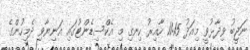
ނަޖީބު ވިދާޅުވީ މިއަދު 11:15 ހާއިރު ހިނގި މި އެކްސިޑެންޓުގައި އަނިޔާވި ދެމީހުންގެ